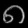
Digit: ၈